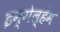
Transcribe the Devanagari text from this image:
इन्गेल्हेम